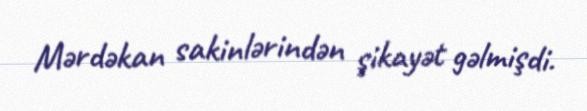
Mərdəkan sakinlərindən şikayət gəlmişdi.